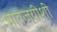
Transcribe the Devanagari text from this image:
भावजयीशी